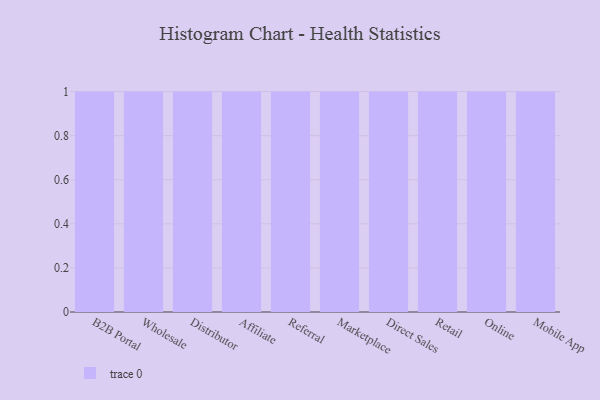
{"axis": {"x": "Channel", "y": "Humidity (%)"}, "legend": [""], "data": [{"x": "B2B Portal", "y": 15, "type": ""}, {"x": "Wholesale", "y": 46, "type": ""}, {"x": "Distributor", "y": 78, "type": ""}, {"x": "Affiliate", "y": 82, "type": ""}, {"x": "Referral", "y": 50, "type": ""}, {"x": "Marketplace", "y": 97, "type": ""}, {"x": "Direct Sales", "y": 31, "type": ""}, {"x": "Retail", "y": 59, "type": ""}, {"x": "Online", "y": 19, "type": ""}, {"x": "Mobile App", "y": 38, "type": ""}]}